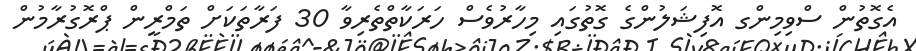
އެގޮތުން ސްވިމިންގ އޮފިޝަލުންގެ ގޮތުގައި މިހާރުވެސް ހަރަކާތްތެރިވާ 30 ފަރާތަކަށް ތަމްރީން ޕްރޮގުރާމުން